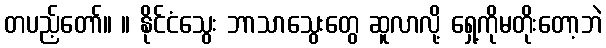
တပည့်တော်။ ။ နိုင်ငံသွေး ဘာသာသွေးတွေ ဆူလာလို့ ရှေ့ကိုမတိုးတော့ဘဲ